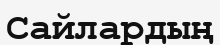
Сайлардың